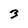
Character: 3